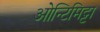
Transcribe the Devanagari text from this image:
ओन्टिमिट्टा